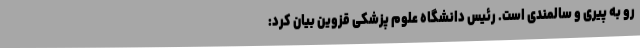
رو به پیری و سالمندی است. رئیس دانشگاه علوم پزشکی قزوین بیان کرد: